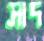
সাদ